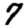
Digit: 7